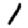
Digit: 1